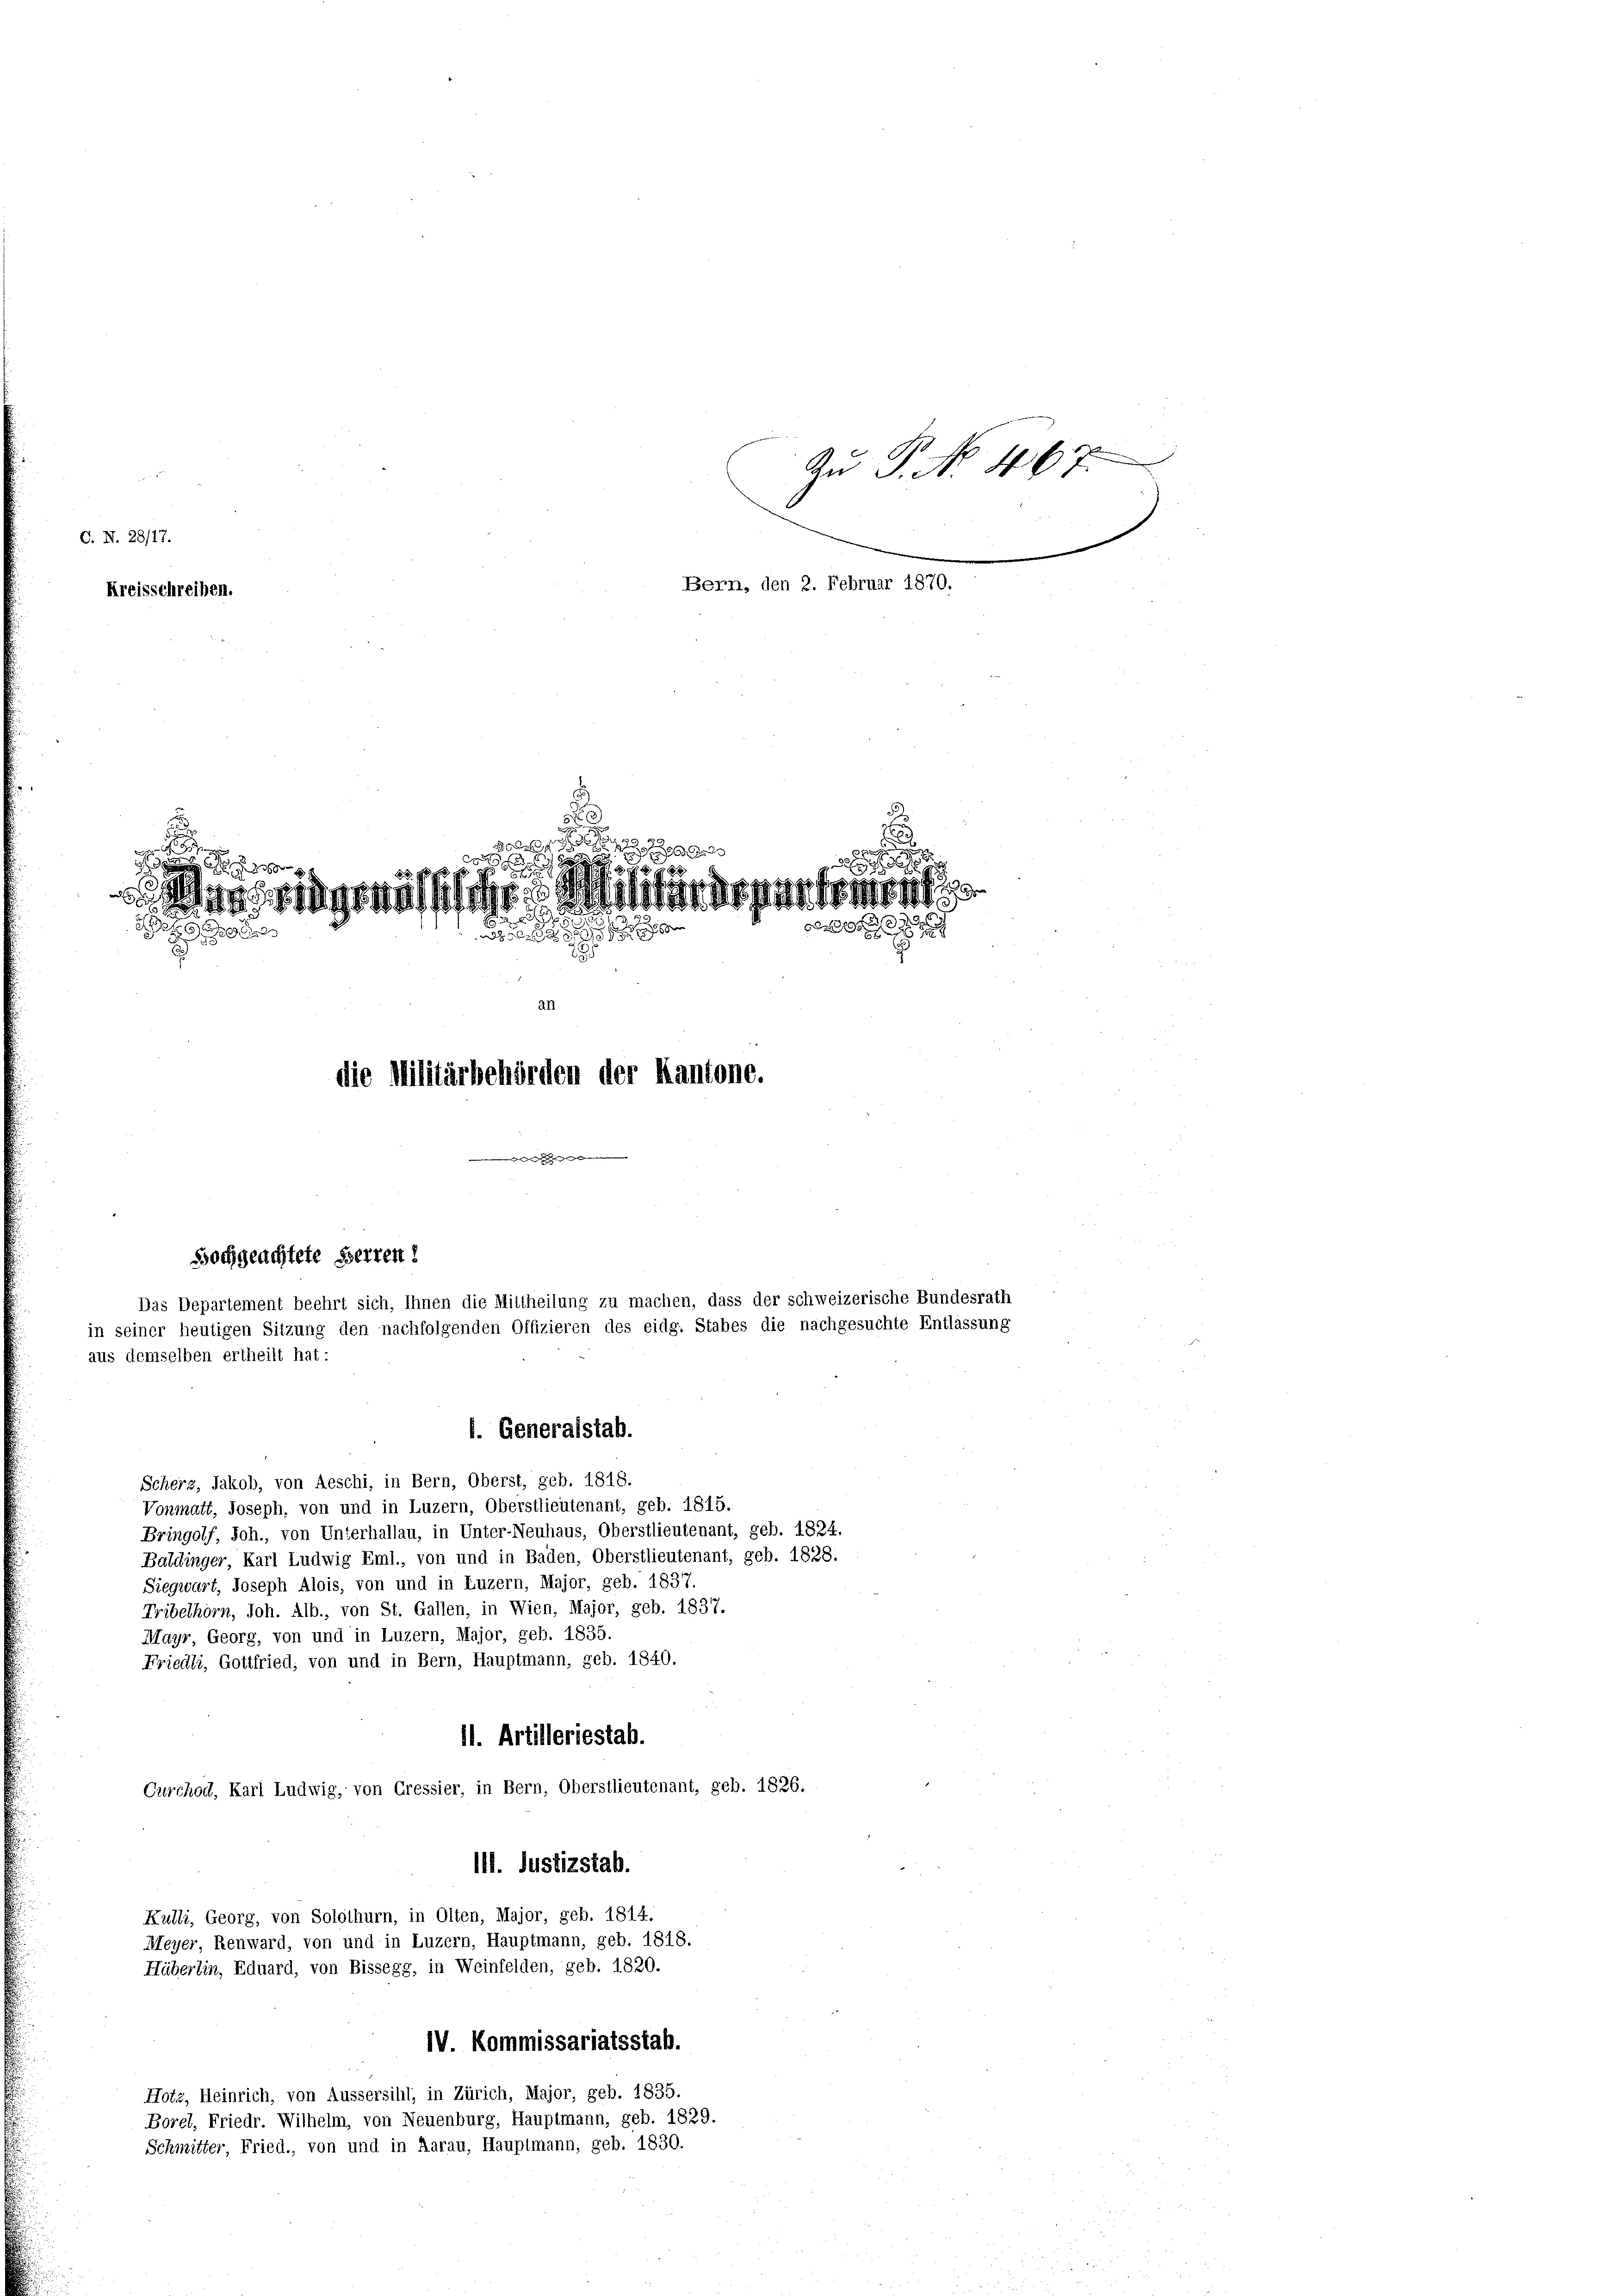
C. N. 28/17.
Kreisschreiben.

d

s
.

xx
Mässigen Winteressen
e

2
.
die Militärbehörden der Kantone.

i
.

Bern, den 2. Februar 1870.

Hochgeachtete Herren!
Das Departement beehrt sich, Ihnen die Mittheilung zu machen, dass der schweizerische Bundesrath
in seiner heutigen Sitzung den nachfolgenden Offizieren des eidg. Stabes die nachgesuchte Entlassung
aus demselben ertheilt hat:

l. Generalstab.
Scherz, Jakob, von Aeschi, in Bern, Oberst, geb. 1818.
Vonmatt, Joseph, von und in Luzern, Oberstlieutenant, geb. 1845.
Bringolf, Joh., von Unterhallau, in Unter-Neuhaus, Oberstlieutenant, geb. 1824.
Baldinger, Karl Ludwig Eml., von und in Baden, Oberstlieutenant, geb. 1828.
Siegwart, Joseph Alois, von und in Luzern, Major, geb. 1837.
Tribelhorn, Joh. Alb., von St. Gallen, in Wien, Major, geb. 1837.
Mayr, Georg, von und in Luzern, Major, geb. 1835.
Friedli, Gottfried, von und in Bern, Hauptmann, geb. 1840.
11. Artilleriestab.
Curchod, Karl Ludwig, von Cressier, in Bern, Oberstlieutenant, geb. 1826.
111. Justizstab.
Kulli, Georg, von Solothurn, in Olten, Major, geb. 1814.
Meyer, Renward, von und in Luzern, Hauptmann, geb. 1818.
Hüberlin, Eduard, von Bissegg, in Weinfelden, geb. 1820.
IV. Kommissariatsstab.
Hotz, Heinrich, von Äussersihl, in Zürich, Major, geb. 1835.
Borel, Friedr. Wilhelm, von Neuenburg, Hauptmann, geb. 1829.
Schmitter, Fried., von und in Aarau, Hauptmann, geb. 1830.

An P. No. 467.